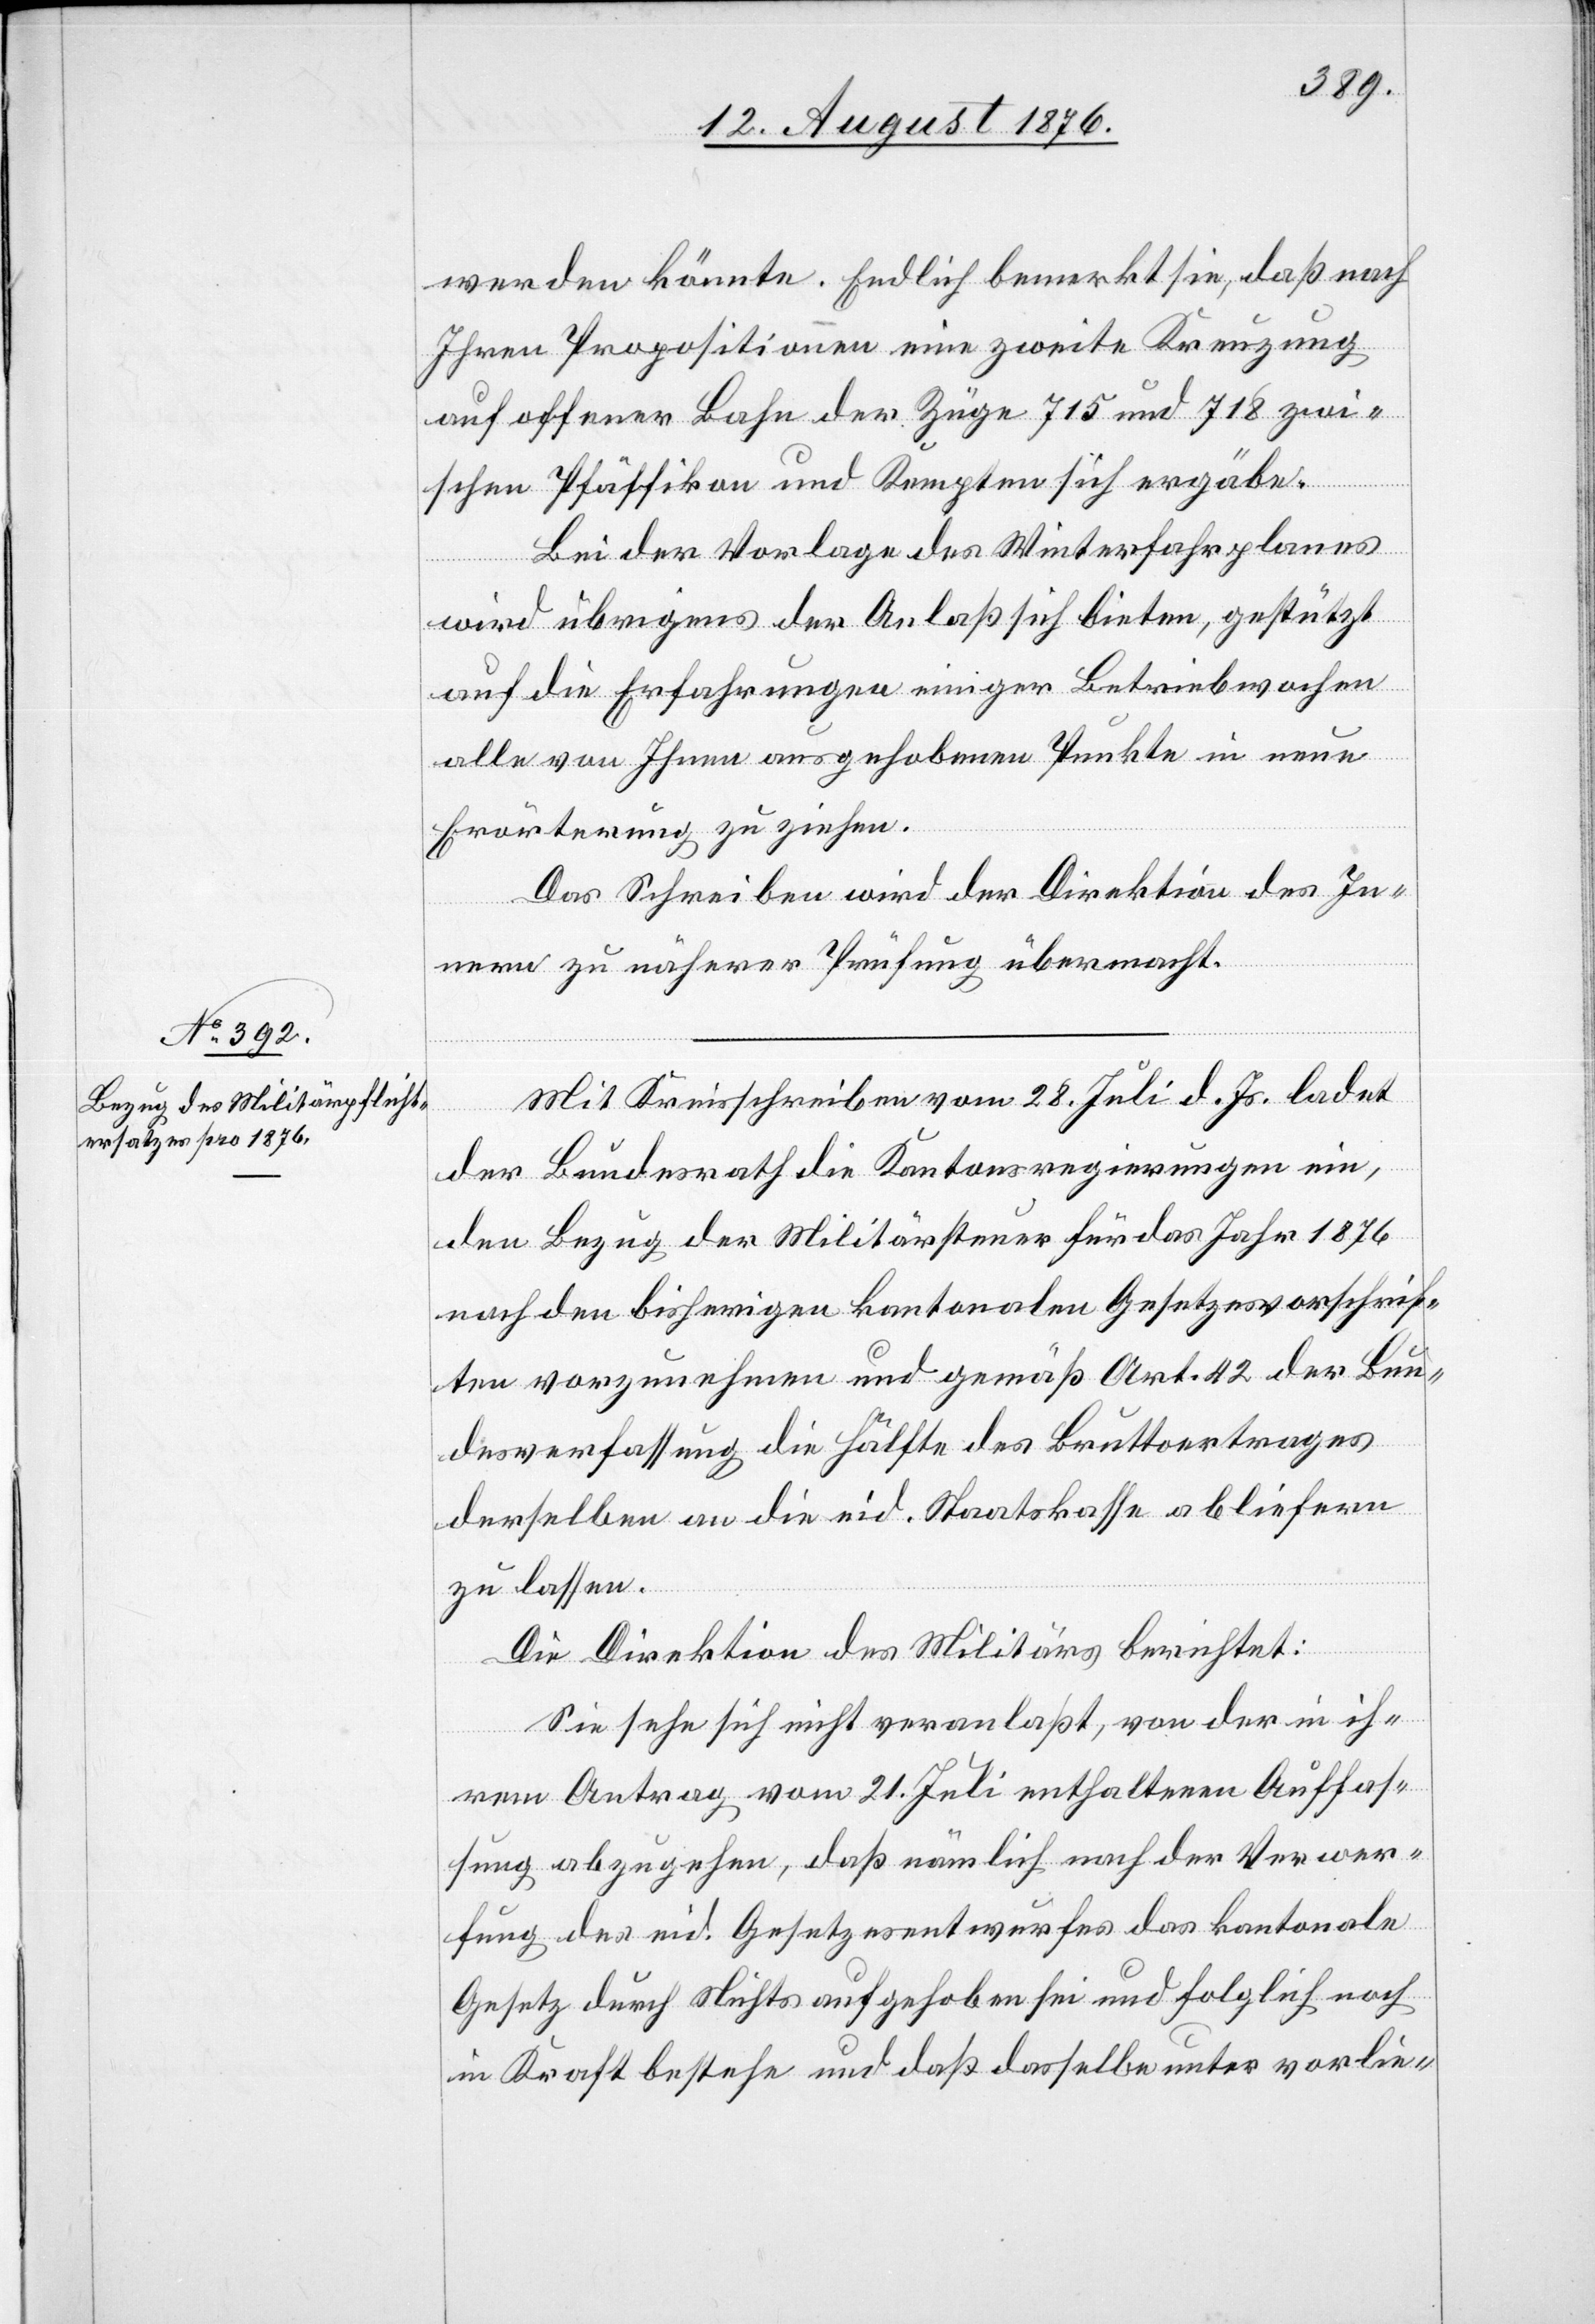
Mit Kreisschreiben vom 28. Juli d. Js. ladet
der Bundesrath die Kantonsregierungen ein,
den Bezug der Militärsteuer für das Jahr 1876
nach den bisherigen kantonalen Gesetzesvorschrif¬
ten vorzunehmen und gemäß Art. 42 der Bun¬
desverfassung die Hälfte des Bruttoertrages
derselben an die eid. Staatskasse abliefern
zu lassen.
Die Direktion des Militärs berichtet:
Sie sehe sich nicht veranlaßt, von der in ih¬
rem Antrag vom 21. Juli enthaltenen Auffas¬
sung abzugehen, daß nämlich nach der Verwer¬
fung des eid. Gesetzesentwurfes das kantonale
Gesetz durch Nichts aufgehoben sei und folglich noch
in Kraft bestehe und daß dasselbe unter vorlie-